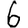
Digit: 6